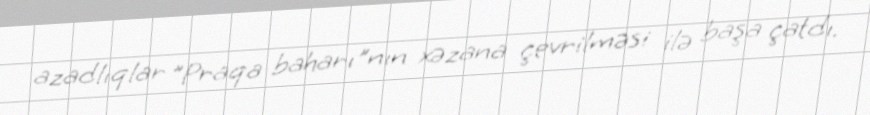
azadlıqlar "Praqa baharı"nın xəzana çevrilməsi ilə başa çatdı.